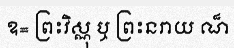
ឧ= ព្រះវិស្ណុ ឬ ព្រះនរាយ ណ៏